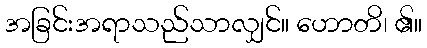
အခြင်းအရာသည်သာလျှင်။ ဟောတိ၊ ၏။